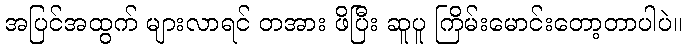
အပြင်အထွက် များလာရင် တအား ဖိပြီး ဆူပူ ကြိမ်းမောင်းတော့တာပါပဲ။